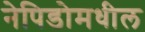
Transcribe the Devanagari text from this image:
नेपिडोमधील